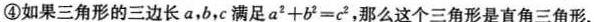
④如果三角形的三边长a，b，c满足$$a ^ { 2 } + b ^ { 2 } = c ^ { 2 }$$，那么这个三角形是直角三角形.